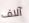
آلاف